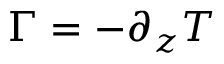
\Gamma = - \partial _ { z } T